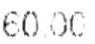
60.00